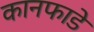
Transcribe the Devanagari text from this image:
कानफाडे